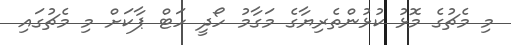
މި މެޗުގެ މޮޅު ކުޅުންތެރިޔާގެ މަގާމު ހޯދީ ހަޓް ޕާކަށް މި މެޗުގައި